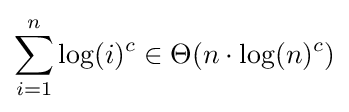
\sum _{i=1}^{n}\log(i)^{c}\in \Theta (n\cdot \log(n)^{c})